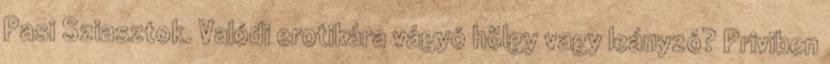
Pasi Sziasztok. Valódi erotikára vágyó hölgy vagy leányzó? Priviben